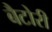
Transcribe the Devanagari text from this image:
बैटोरी